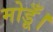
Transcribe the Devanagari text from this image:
मोडूँ।